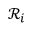
{ \mathcal { R } } _ { i }